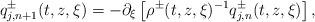
LaTeX: \begin{align*} q ^ \pm _ { j , n + 1 } ( t , z , \xi ) = - \partial _ \xi \left [ \rho ^ \pm ( t , z , \xi ) ^ { - 1 } q ^ \pm _ { j , n } ( t , z , \xi ) \right ] ,\end{align*}